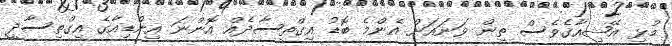
މުޅި އޭޝިއާގެވެސް ތިން ވަނައަށް އެންމެ ބޮޑު އިގްތިސާދެއް އޮންނަ އިންޑިއާގެ އިގްތިސާދީ